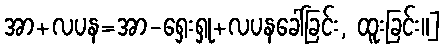
အာ+လပန=အာ-ရှေးရှု+လပနခေါ်ခြင်း, ထူးခြင်း။]